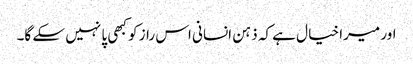
اور میرا خیا ل ہے کہ ذہن انسانی اس راز کو کبھی پا نہیں سکے گا۔